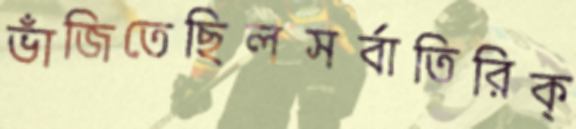
ভাঁজিতেছিলসর্বাতিরিক্